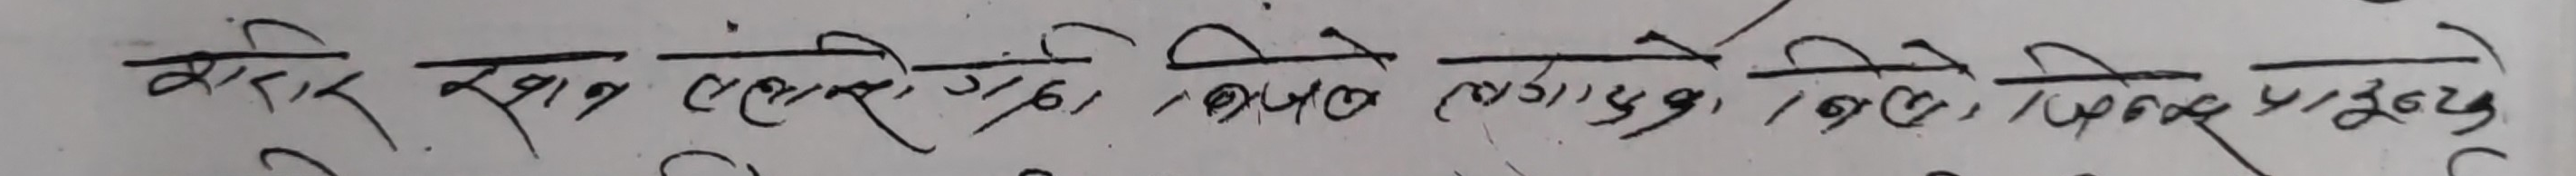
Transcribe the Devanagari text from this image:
शिर खानि लछनि, ग, क्षण, पशु, कण, पदिक, पद, पूरख्य